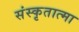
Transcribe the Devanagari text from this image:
संस्कृतात्मा